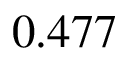
0 . 4 7 7